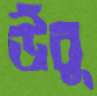
উঁবু